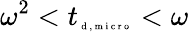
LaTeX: \omega^{2}<{t}_{\tiny{\mathrm{~d~,~m~i~c~r~o~}}}<\omega